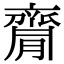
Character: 𪗇